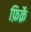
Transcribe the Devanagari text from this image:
फ़िर्क़े